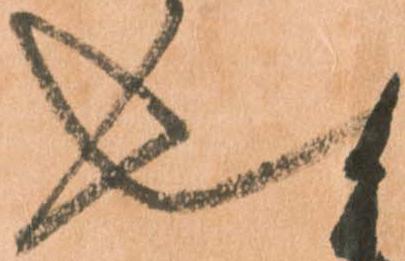
也